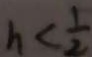
h < \frac { 1 } { 2 }